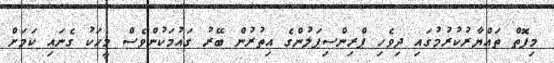
މިފޮތް ތައްޔާރުކުރުމުގައި ދިވެހި ޕްރިންސިޕަލުންގެ އިތުރުން ބޭރު ގައުމަކުންވެސް މީހަކު ގެނައި ކަމަށް